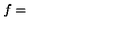
f =